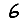
Digit: 6